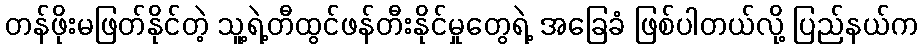
တန်ဖိုးမဖြတ်နိုင်တဲ့ သူ့ရဲ့တီထွင်ဖန်တီးနိုင်မှုတွေရဲ့ အခြေခံ ဖြစ်ပါတယ်လို့ ပြည်နယ်က